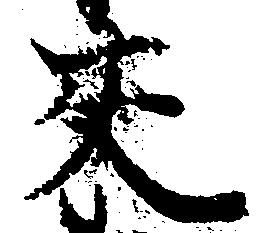
来